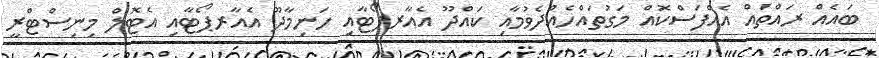
ބައެއް ރައްތައް އެއްފަސްކޮއް މަގުތައްހެއްދެވުމާއި ކައްދޫ އެއާރޕޯޓާއި ހަނިމާދޫ އެއާރޕޯޓާއި އެޓޮލް މިނިސްޓްރީ